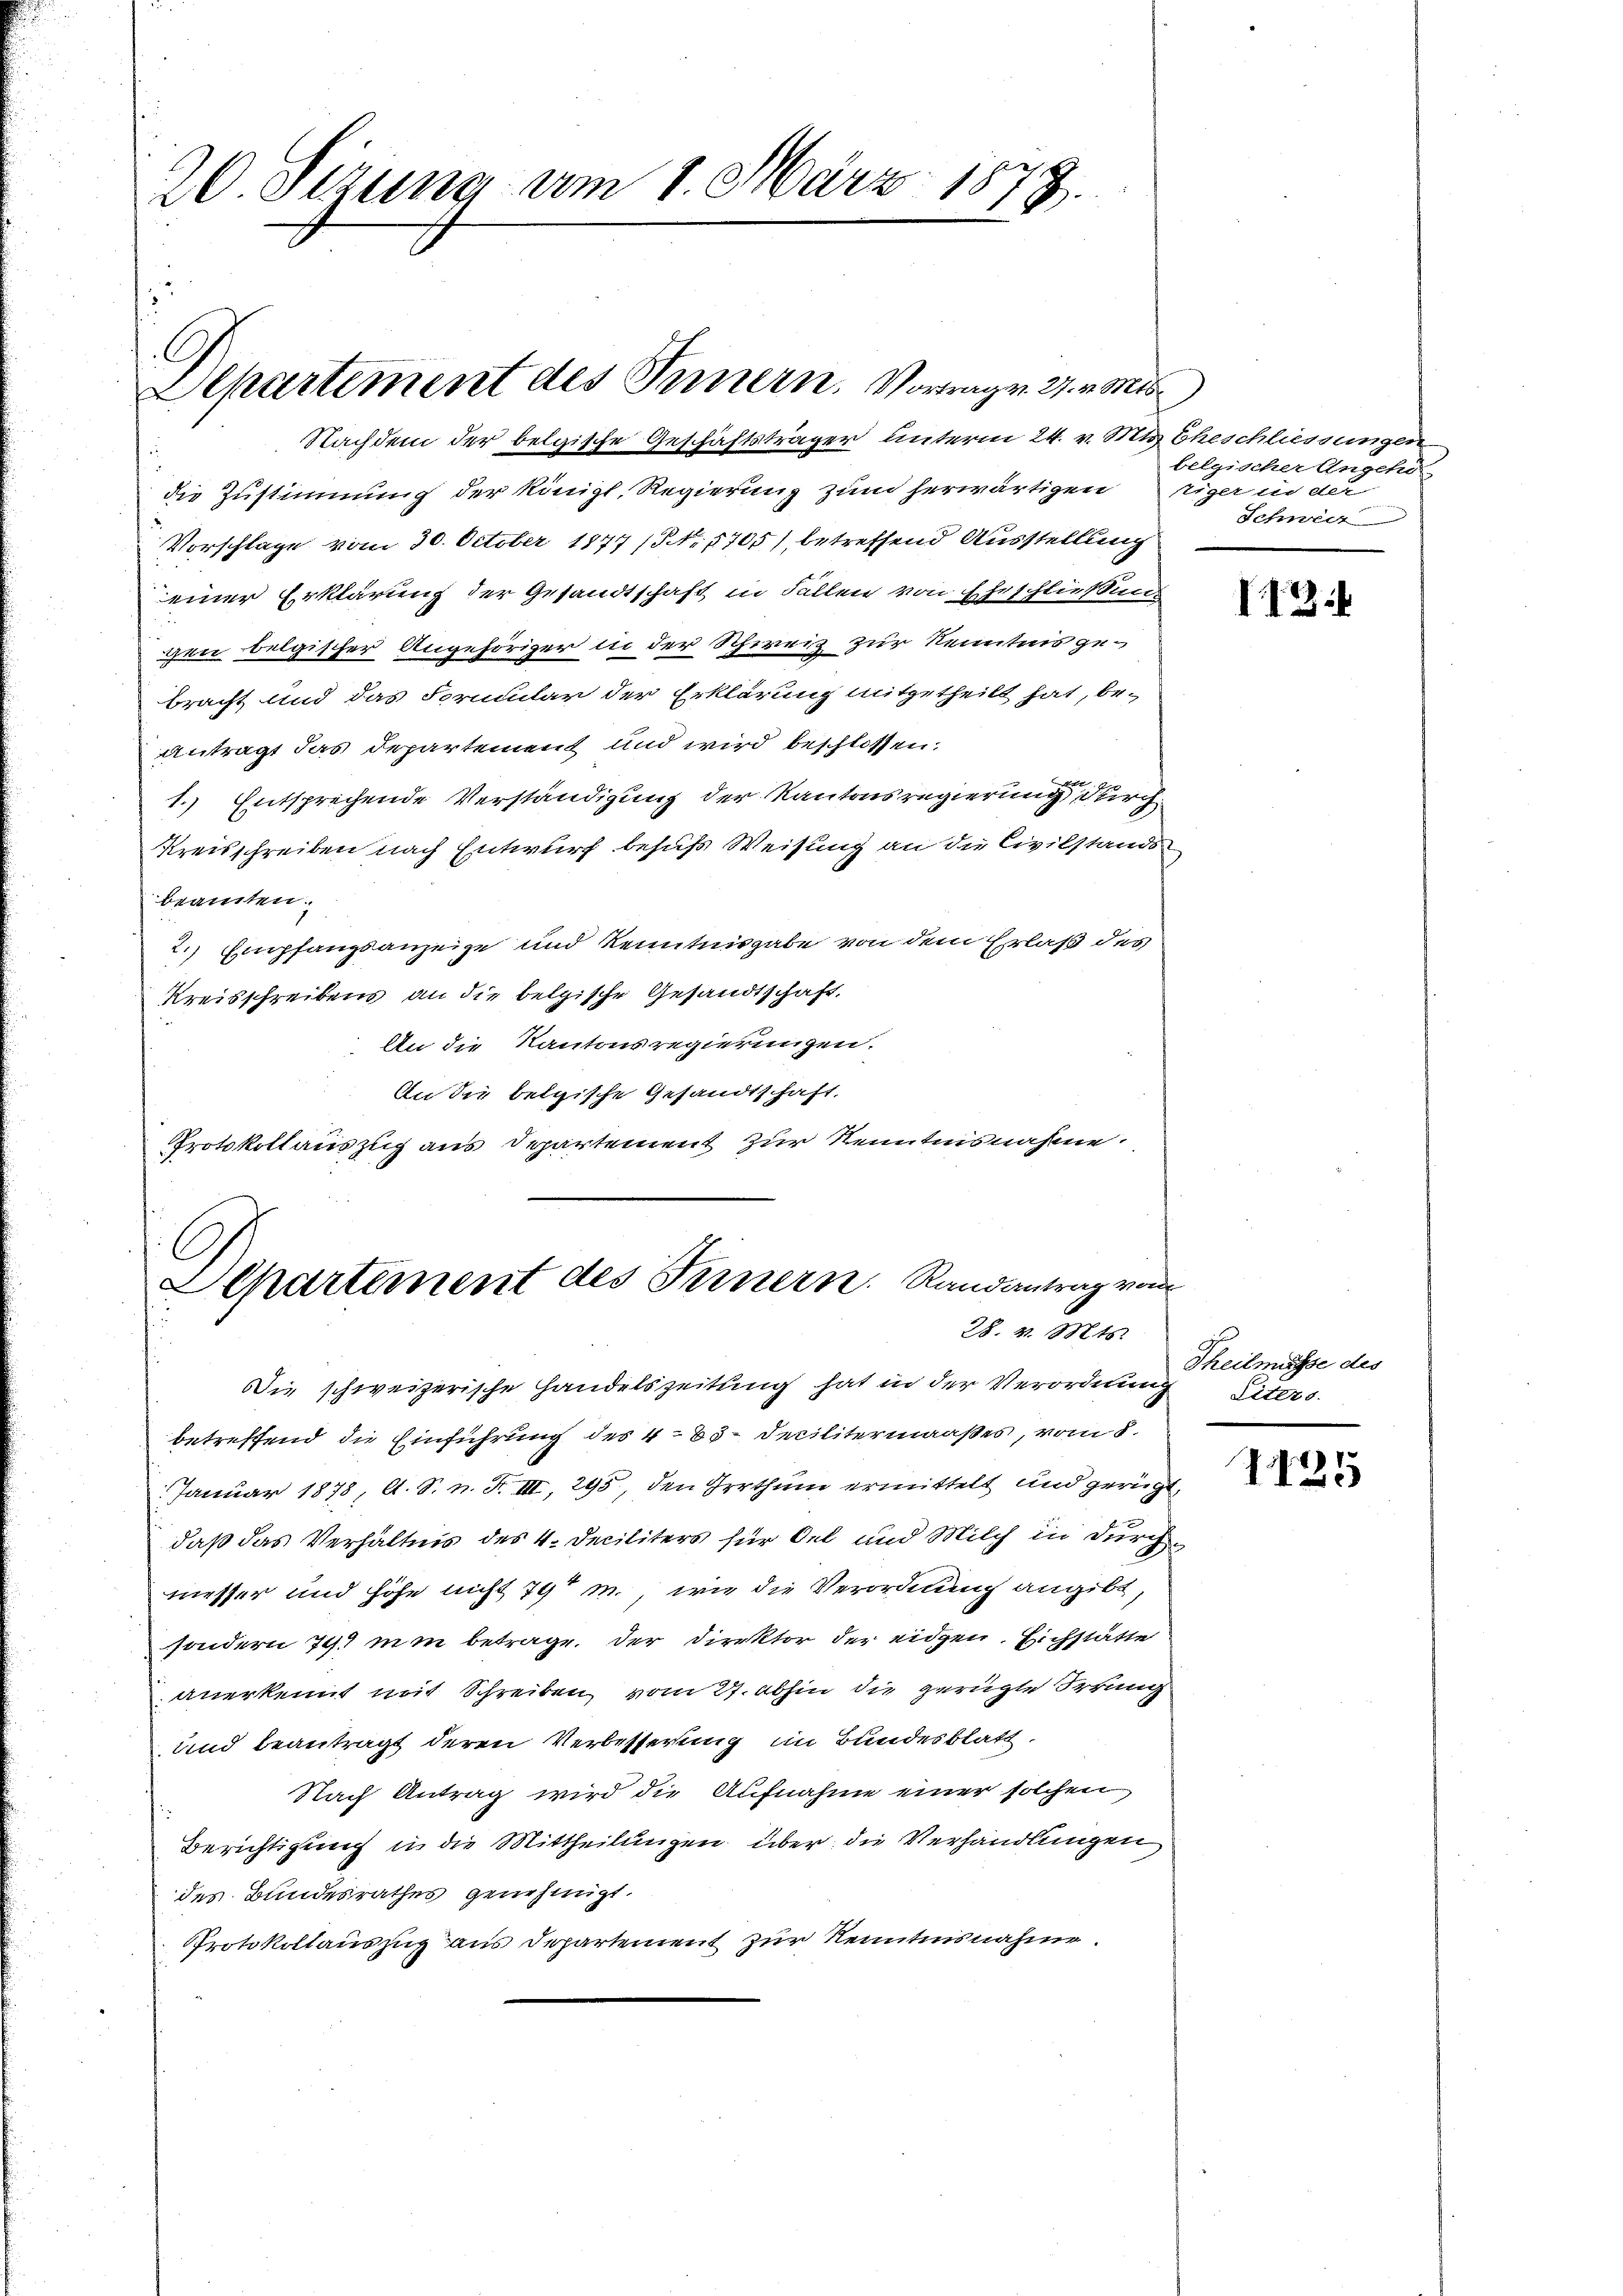
20 Sizung am 1. März 1873.

Departement des Innern, Vorrage. 27. v. Mis
Nachdem der belgische Geschäftsträger Unterm 24. v. Mts. Eheschliessungen

die Zustimmung der Königl. Regierung zum herwärtigen
Vorschlage vom 30. October 1877 (Nr. 1705), betreffend Ausstellung
einer Erklärung der Gesandtschaft in Fällen von Eheschließung
gen belgischer Angehöriger in der Schweiz zur Kenntnis ge-
bracht und das Formular der Erklärung mitgetheilt hat, beantragt das Departement und wird beschlossen.
1.) Entsprechende Verständigung der Kantonsregierung durch
Kreisschreiben nach Entwurf besus Weisung an die Civilstands
beamten.
2. Empfangsanzeige und Kenntnisgabe von dem Erlaß des
Kreisschreibens an die belgische Gesandtschaft,
An die Kantonsregierungen.
An die belgische Gesandtschaft.
Protokollauszug aus Departement zur Kenntnisnahme.

C
Lepartement des Innern. Randantrag von
28. v. Mts.

belgischer Angehö-
tiger in der
Schweiz

Die schweizerische Handelszeitung hat in der Verordnung Liters
betreffend die Einführung des 485. Decilitermaaßes, vom 8.
 Januar 1878, A. S. n. F. III, 295, den Irrthum ermittelt und gerügt
daß das Verhältnis des 4. Deciliters für Oel und Milch in durchmesser und Höhe nicht 79 m., wie die Verordnung angibt,
sondern 79 min betrage. Der Direktor der eidgen. Eichstätte
anerkennt mit Schreiben vom 27. abhin die gerügte Erkung
und beantragt deren Verbesserung im Bundesblatt,
Nach Antrag wird die Aufnahme einer solchen
Berichtigung in die Mittheilungen über die Verhandlungen
des Bundesrathes genehmigt.
Protokollauszug aus Departement zur Kenntnisnahme.

I13

Theilmüsse des

1125